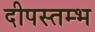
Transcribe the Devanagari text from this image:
दीपस्तम्भ